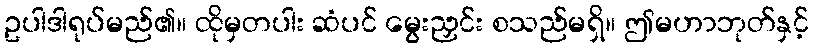
ဥပါဒါရုပ်မည်၏။ ထိုမှတပါး ဆံပင် မွေးညှင်း စသည်မရှိ။ ဤမဟာဘုတ်နှင့်